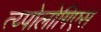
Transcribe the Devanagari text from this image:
त्य्पोलोगिएस